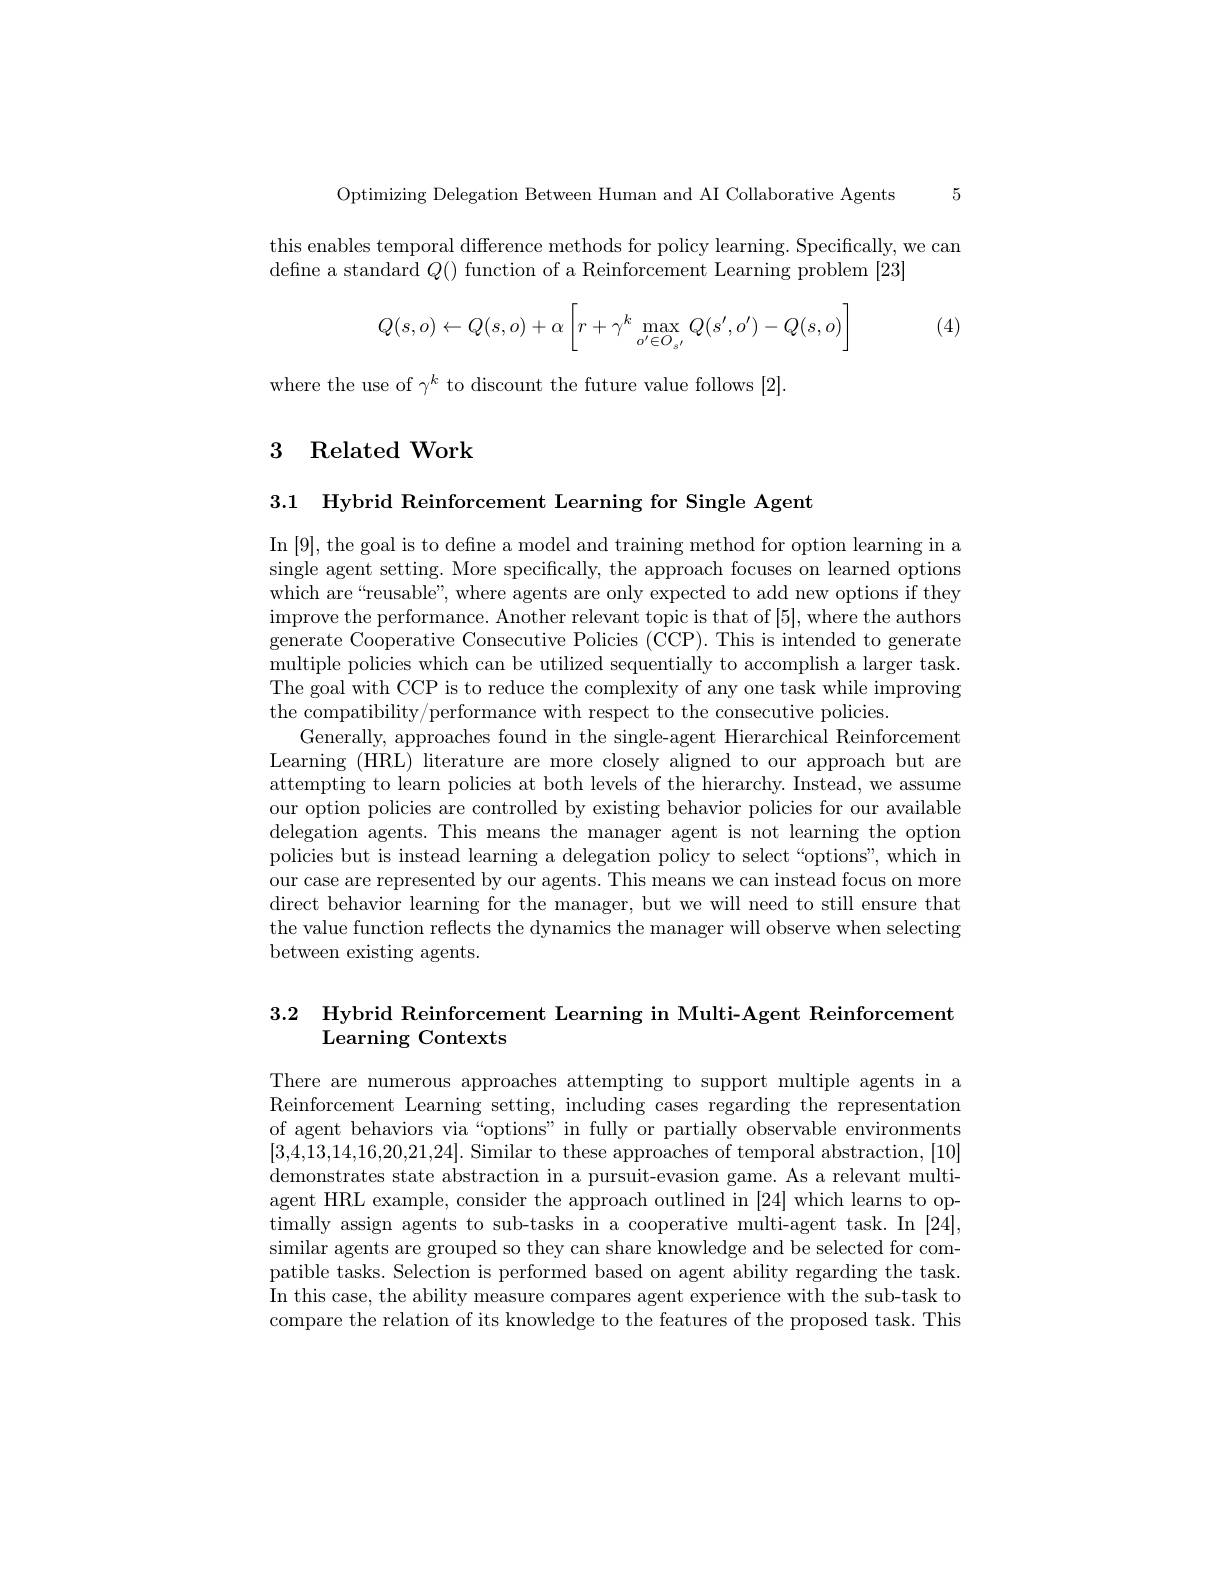
Optimizing Delegation Between Human and AI Collaborative Agents 5

this enables temporal difference methods for policy learning. Specifically, we can
defne a standard $Q()$ function of a Reinforcement Learning problem [23]
$$Q(s,o)\leftarrow Q(s,o)+\alpha\left[r+\gamma^k\max\limits_{o'\in O_{s'}}Q(s',o')-Q(s,o)\right]$$
(4)

where the use of $\gamma^k$ to discount the future value follows [2].

# 3 Related Work

3.1 Hybrid Reinforcement Learning for Single Agent

In [9], the goal is to defne a model and training method for option learning in a single agent setting. More specifically, the approach focuses on learned options which are“reusable”, where agents are only expected to add new options if they $\begin{array}{c}\text{improve the performance. Another relevant topic is that of [5], where the authors}\\\end{array}$ generate Cooperative Consecutive Policies (CCP). This is intended to generate multiple policies which can be utilized sequentially to accomplish a larger task. The goal with CCP is to reduce the complexity of any one task while improving the compatibility/performance with respect to the consecutive policies.
Generally, approaches found in the single-agent Hierarchical Reinforcement Learning (HRL) literature are more closely aligned to our approach but are attempting to learn policies at both levels of the hierarchy. Instead, we assume our option policies are controlled by existing behavior policies for our available delegation agents. This means the manager agent is not learning the option policies but is instead learning a delegation policy to select“options”, which in our case are represented by our agents. This means we can instead focus on more direct behavior learning for the manager, but we will need to still ensure that the value function reflects the dynamics the manager will observe when selecting between existing agents.

3.2 Hybrid Reinforcement Learning in Multi-Agent Reinforcement
## ${\mathrm{Learning~Contexts}}$

There are numerous approaches attempting to support multiple agents in a Reinforcement Learning setting, including cases regarding the representation of agent behaviors via“options”in fully or partially observable environments [3,4,13,14,16,20,21,24]. Similar to these approaches of temporal abstraction, [10] demonstrates state abstraction in a pursuit-evasion game. As a relevant multiagent HRL example, consider the approach outlined in [24] which learns to optimally assign agents to sub-tasks in a cooperative multi-agent task. In [24], similar agents are grouped so they can share knowledge and be selected for compatible tasks. Selection is performed based on agent ability regarding the task. In this case, the ability measure compares agent experience with the sub-task to compare the relation of its knowledge to the features of the proposed task. This